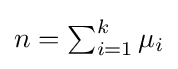
{\textstyle n=\sum _{i=1}^{k}\mu _{i}}